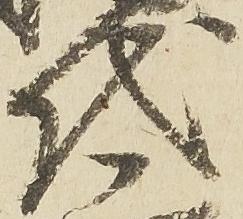
代